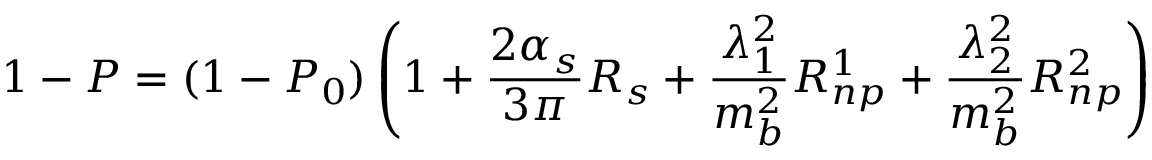
1 - P = ( 1 - P _ { 0 } ) \left( 1 + { \frac { 2 \alpha _ { s } } { 3 \pi } } R _ { s } + { \frac { \lambda _ { 1 } ^ { 2 } } { m _ { b } ^ { 2 } } } R _ { n p } ^ { 1 } + { \frac { \lambda _ { 2 } ^ { 2 } } { m _ { b } ^ { 2 } } } R _ { n p } ^ { 2 } \right)